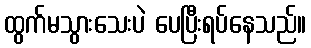
ထွက်မသွားသေးပဲ ပေပြီးရပ်နေသည်။